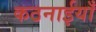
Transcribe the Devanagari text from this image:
कठनाईयाँ